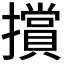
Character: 𭣁